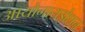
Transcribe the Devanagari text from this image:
आयोनायझेशन